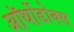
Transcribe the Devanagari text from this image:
ऑर्थोडोक्स